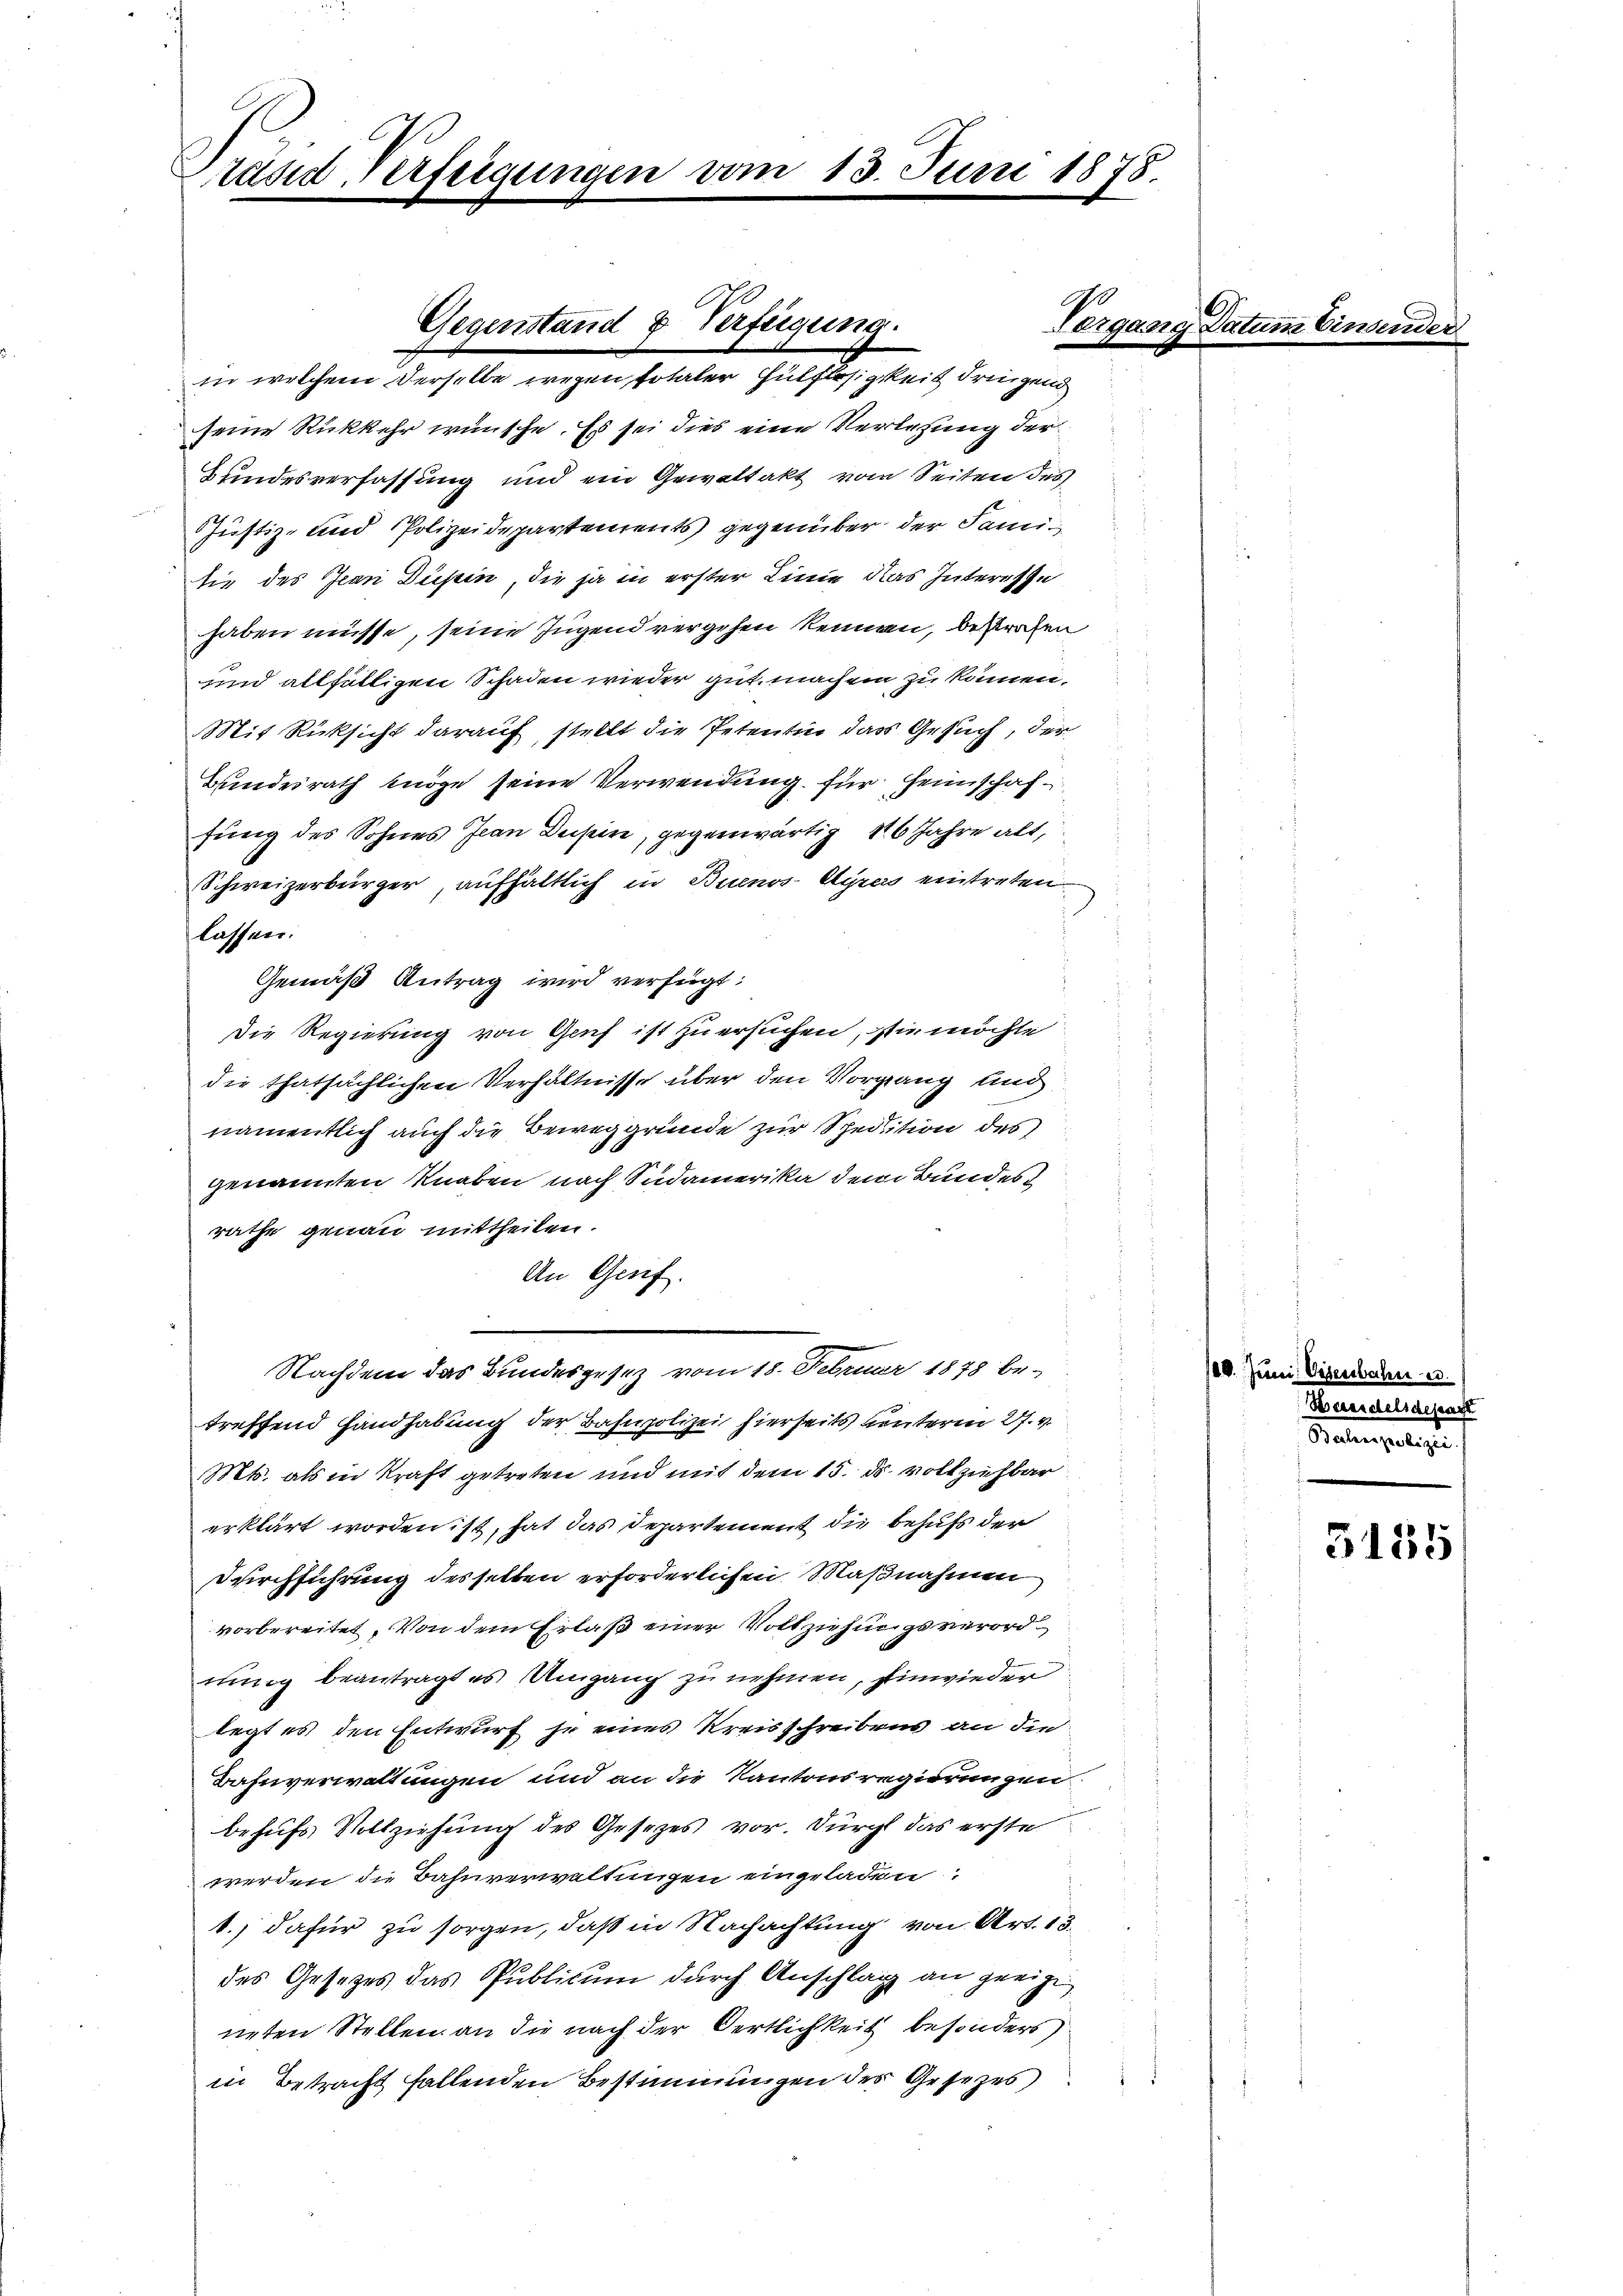
rund Verfügungen vom

seine Rückkehr wünsche. Es sei dies eine Verlesung der
Bundesverfassung und ein Gewaltakt vom Seiten des
Justiz- und Polizeidepartements gegenüber der Samitie des Jean Düsin, die ja in erster Linie das Interesse
haben müsse, seine Jugend vergehen kennen, bestrafen
und allfälligen Schaden wieder gut machen zu können.
Mit Rücksicht darauf, stellt die Petentin das Gesuch, der
Bundesrath möge seine Verwendung für Heimschaffung des Sohnes Jean Dusein, gegenwärtig 16 Jahre alt,
Schweizerbürger aufhältlich in Buenos-Ayres eintreten.
lassen:
Gemäß Antrag wird verfügt:
Die Regierung von Genf ist zu ersuchen, sie möchte
die thatsächlichen Verhältnisse über den Vorgang und
namentlich auch die Beweggründe zur Spedition des
genannten Knaben nach Südamerika dem Bundes
rathe genau mittheilen.
An Genf.
Nachdem das Bundesgesetz vom 18. Februar 1878 be-
treffend Handhabung der Bahnpolizei hierseits unterm 27. v.
Mts. als in Kraft getreten und mit dem 15. ds vollziehbar
erklärt worden ist, hat das Departement die Behufs der
Durchführung des selten erforderlichen Maßnahmen
vorbereitet. Von dem Erlaß einer Vollziehungsverordnung beantragt es Umgang zu nehmen, Einwieder
legt es den Entwurf je eines Kreisschreibens an die
Bahnverwaltungen und an die Kantonsregierungen
behufs Vollziehung des Gesezes vor. Durch das erste
werden die Bahnverwaltungen eingeladen:
1.) dafür zu sorgen, daß in Nachachtung von Art. 13.
des Gesetzes das Publicum durch Anschlag an geeige,
neten Stellen an die nach der Oertlichkeit besonders
in Betracht fallenden Bestimmungen des Gesezes

S
Gegenstand & Verfügung.
den welchen derselbe wegen so halter Hilfer, gleich dringung

13. Juni 1878.

120. Ju

.
Ratengelegen

5155